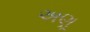
અણૂ